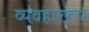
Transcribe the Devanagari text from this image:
व्यवहाररूप